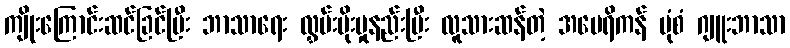
ကျိုးကြောင်းဆင်ခြင်ပြီး ဘာသာရေး လွှမ်းမိုးမှုနည်းပြီး လူသားဆန်တဲ့ အမေရိကန် ပုံစံ ဂျူးဘာသာ